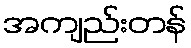
အကျည်းတန်